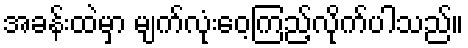
အခန်းထဲမှာ မျက်လုံးဝေ့ကြည့်လိုက်ပါသည်။